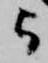
と